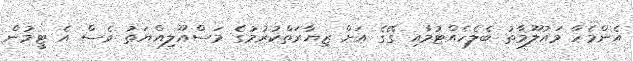
އެންމެހާ މައުލޫމާތު ބެލެހެއްޓުމާއި ގޭގެ އަށް ޒިޔާރަތްކުރުމުގެ މަސްއޫލިއްޔަތު ވެސް އެ ޓީމުން